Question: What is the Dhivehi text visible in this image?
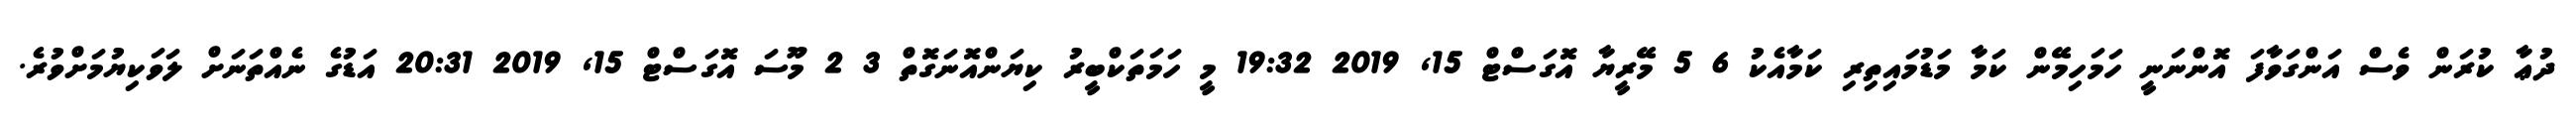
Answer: ދުޢާ ކުރަން ވެސް އަންގަވާފަ އޮންނަނީ ހަމަހިމޭން ކަމާ މަޑުމައިތިރި ކަމާއެކު 6 5 މޭރީޔާ އޮގަސްޓް 15, 2019 19:32 މީ ހަމަތަކްބީރު ކިޔަންއޮނަގޮތް 3 2 މޫސަ އޮގަސްޓް 15, 2019 20:31 އަޑުގެ ނެއްތަނަށް ލަވަކިޔުމަށްވުރެ.